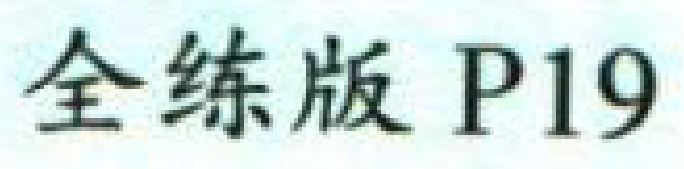
全练版 P19